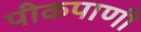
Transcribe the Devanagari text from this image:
पीकपाणी